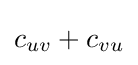
c_{uv}+c_{vu}